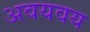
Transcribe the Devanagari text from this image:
अवयवय